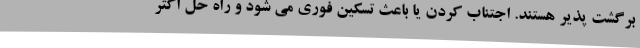
برگشت پذیر هستند. اجتناب کردن یا باعث تسکین فوری می شود و راه حل اکثر